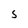
Character: 5